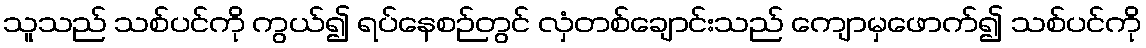
သူသည် သစ်ပင်ကို ကွယ်၍ ရပ်နေစဉ်တွင် လှံတစ်ချောင်းသည် ကျောမှဖောက်၍ သစ်ပင်ကို